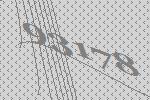
93178